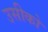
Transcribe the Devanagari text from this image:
उसीको